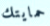
حمايتك